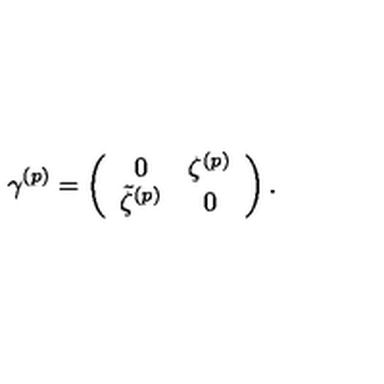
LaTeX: \gamma ^ { ( p ) } = \left( \begin{array} { c c } { 0 } & { \zeta ^ { ( p ) } } \\ { \tilde { \zeta } ^ { ( p ) } } & { 0 } \\ \end{array} \right) .